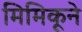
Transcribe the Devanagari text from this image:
मिमिकूने